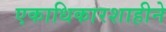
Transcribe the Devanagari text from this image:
एकाधिकारशाहीने